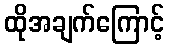
ထိုအချက်ကြောင့်